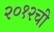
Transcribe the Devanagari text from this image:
२०१२ची